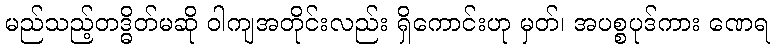
မည်သည့်တဒ္ဓိတ်မဆို ဝါကျအတိုင်းလည်း ရှိကောင်းဟု မှတ်၊ အပစ္စပုဒ်ကား ဏေရ